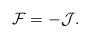
LaTeX: \begin{align*}\mathcal{F}=-\mathcal{J}. \end{align*}